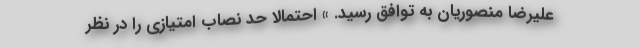
علیرضا منصوریان به توافق رسید. » احتمالاً حد نصاب امتیازی را در نظر